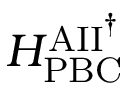
H _ { \mathrm { P B C } } ^ { \mathrm { A I I } ^ { \dag } }